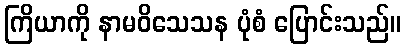
ကြိယာကို နာမဝိသေသန ပုံစံ ပြောင်းသည်။